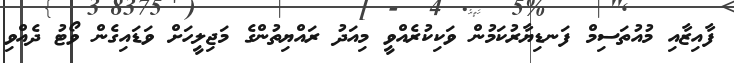
ފާއިޒާއި މުއުތަސިމް ފަނޑިޔާރުކަމުން ވަކިކުރެއްވީ މިއަދު ރައްޔިތުންގެ މަޖިލީހަށް ވަޑައިގެން ވޯޓު ދެއްވި